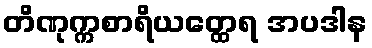
တိဏုက္ကစာရိယတ္ထေရ အပဒါန